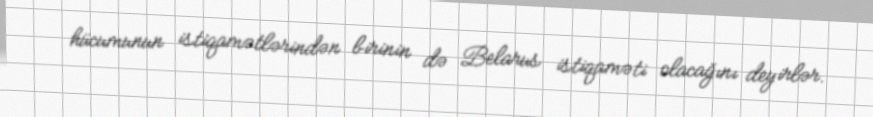
hücumunun istiqamətlərindən birinin də Belarus istiqaməti olacağını deyirlər.